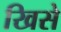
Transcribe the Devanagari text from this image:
खिसे